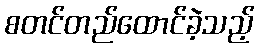
စတင်တည်ထောင်ခဲ့သည့်